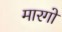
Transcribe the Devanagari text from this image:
मारगो